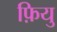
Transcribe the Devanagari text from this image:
फ़ियु